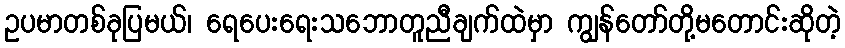
ဥပမာတစ်ခုပြမယ်၊ ရေပေးရေးသဘောတူညီချက်ထဲမှာ ကျွန်တော်တို့မတောင်းဆိုတဲ့